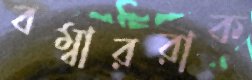
বম্বাররাক